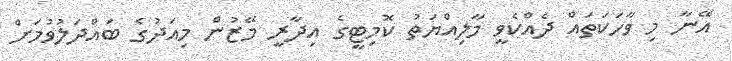
އޭނާ މި ވާހަކަތައް ދެއްކެވީ މާލިއްޔަތު ކޮމިޓީގެ އިދާރީ މޭޒުން މިއަދުގެ ބައްދަލުވުމަށް